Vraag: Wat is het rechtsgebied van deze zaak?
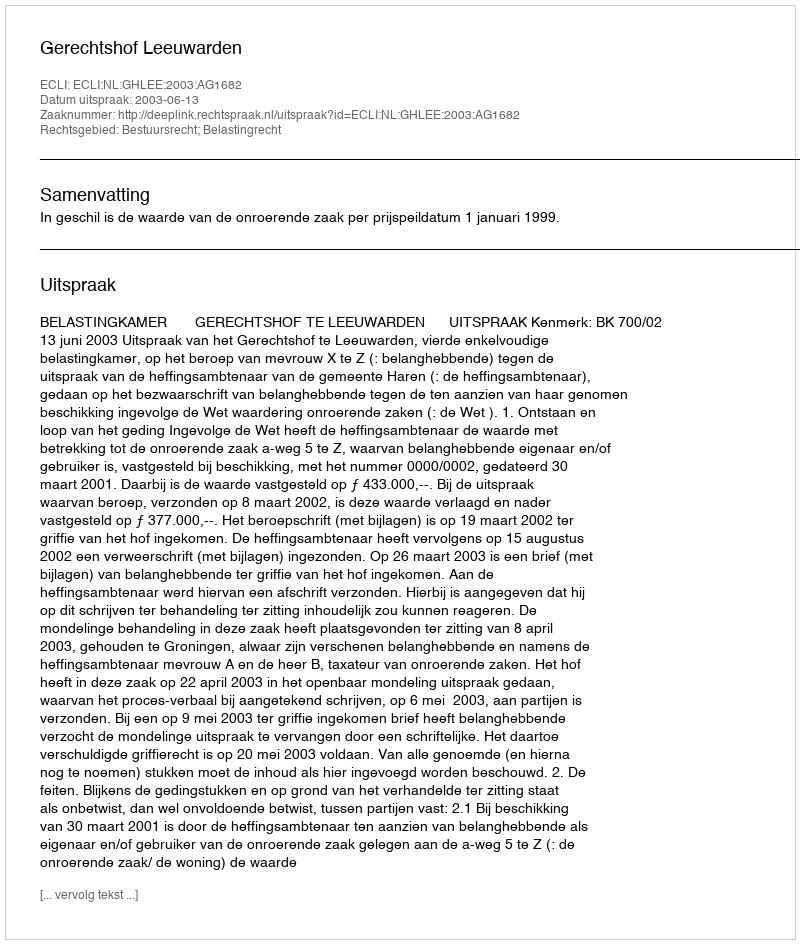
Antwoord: Bestuursrecht; Belastingrecht